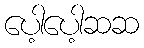
ပေါ့ပေါ့ဆဆ